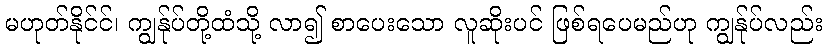
မဟုတ်နိုင်င်၊ ကျွန်ုပ်တို့ထံသို့ လာ၍ စာပေးသော လူဆိုးပင် ဖြစ်ရပေမည်ဟု ကျွန်ုပ်လည်း